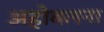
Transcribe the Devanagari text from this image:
अहोबलना